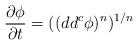
LaTeX: \begin{align*} \frac{\partial \phi}{\partial t}= ((dd^c\phi)^n )^{1/n} \end{align*}